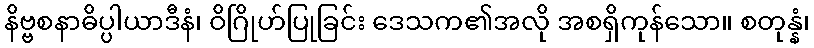
နိဗ္ဗစနာဓိပ္ပါယာဒီနံ၊ ဝိဂြိုဟ်ပြုခြင်း ဒေသက၏အလို အစရှိကုန်သော။ စတုန္နံ၊